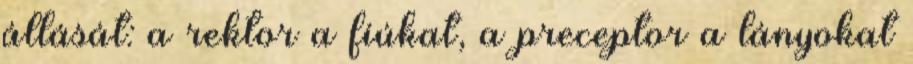
állását: a rektor a fiúkat, a preceptor a lányokat